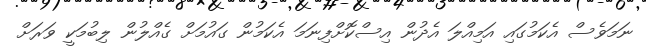
ނަމަވެސް އެކަމުގައި އަމިއްލަ އެދުން އިސްކޮށްފިނަމަ އެކަމުން ގައުމަށް ގެއްލުން ލިބުމަކީ ވަރަށް